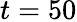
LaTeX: t=50